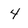
Character: 4